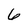
Character: 6